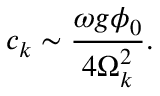
c _ { k } \sim \frac { \omega g \phi _ { 0 } } { 4 \Omega _ { k } ^ { 2 } } .